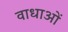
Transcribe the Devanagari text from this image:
वाधाओं